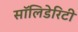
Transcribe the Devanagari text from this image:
सॉलिडेरिटी